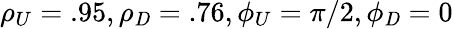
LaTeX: {\rho_{U}}=.95,{\rho_{\mathit{D}}}=.76,{\phi_{U}}=\pi/2,{\phi_{\mathit{D}}}=0